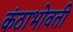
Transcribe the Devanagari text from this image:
कंठाभोवती